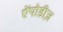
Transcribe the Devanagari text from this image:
ऐंपोडीज़